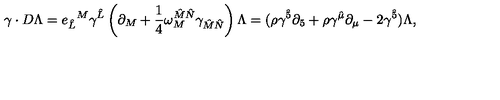
{ \gamma \cdot D \Lambda = { e _ { { \hat { L } } } } ^ { M } \gamma ^ { \hat { L } } \left( \partial _ { M } + \frac { 1 } { 4 } \omega _ { M } ^ { \hat { M } \hat { N } } \gamma _ { \hat { M } \hat { N } } \right) \Lambda = ( \rho \gamma ^ { \hat { 5 } } \partial _ { 5 } + \rho \gamma ^ { \hat { \mu } } \partial _ { \mu } - 2 \gamma ^ { \hat { 5 } } ) \Lambda , }